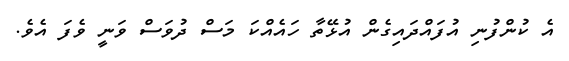
އެ ކުންފުނި އުފައްދައިގެން އުޅޭތާ ހައެއްކަ މަސް ދުވަސް ވަނީ ވެފަ އެވެ.